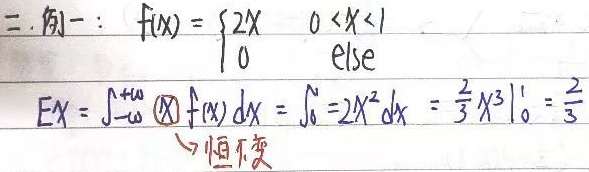
二. 例一：
\[
f(x)=\begin{cases}
2x & 0 < x < 1\\
0 & \text{else}
\end{cases}
\]
\[
EX=\int_{-\infty}^{+\infty} \textcircled{X} f(x)dx=\int_{0}^{1}2x^{2}dx=\frac{2}{3}x^{3}\big|_{0}^{1}=\frac{2}{3}
\]
\(\to\) 恒不变